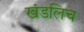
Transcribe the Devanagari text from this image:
खंडलिच